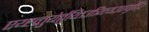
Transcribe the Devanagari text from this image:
एय्ह्व्र्तुयेर्तुय्तिउत्र्य्त्यिउएयुर्तिउ